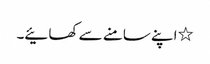
٭اپنے سامنے سے کھائیے۔